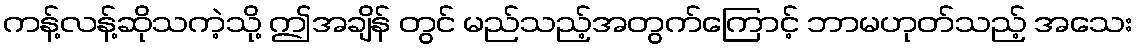
ကန့်လန့်ဆိုသကဲ့သို့ ဤအချိန် တွင် မည်သည့်အတွက်ကြောင့် ဘာမဟုတ်သည့် အသေး